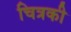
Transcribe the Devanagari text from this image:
चित्रकी